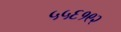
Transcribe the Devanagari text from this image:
५५६१९२